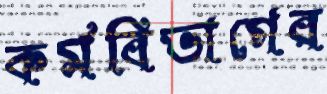
কর্মবিভাগের